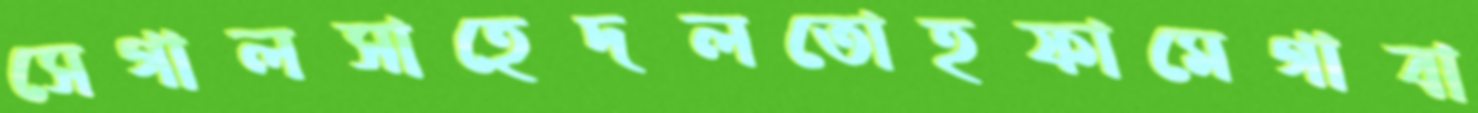
সেগালসাহেদলতোহফামেগাবা